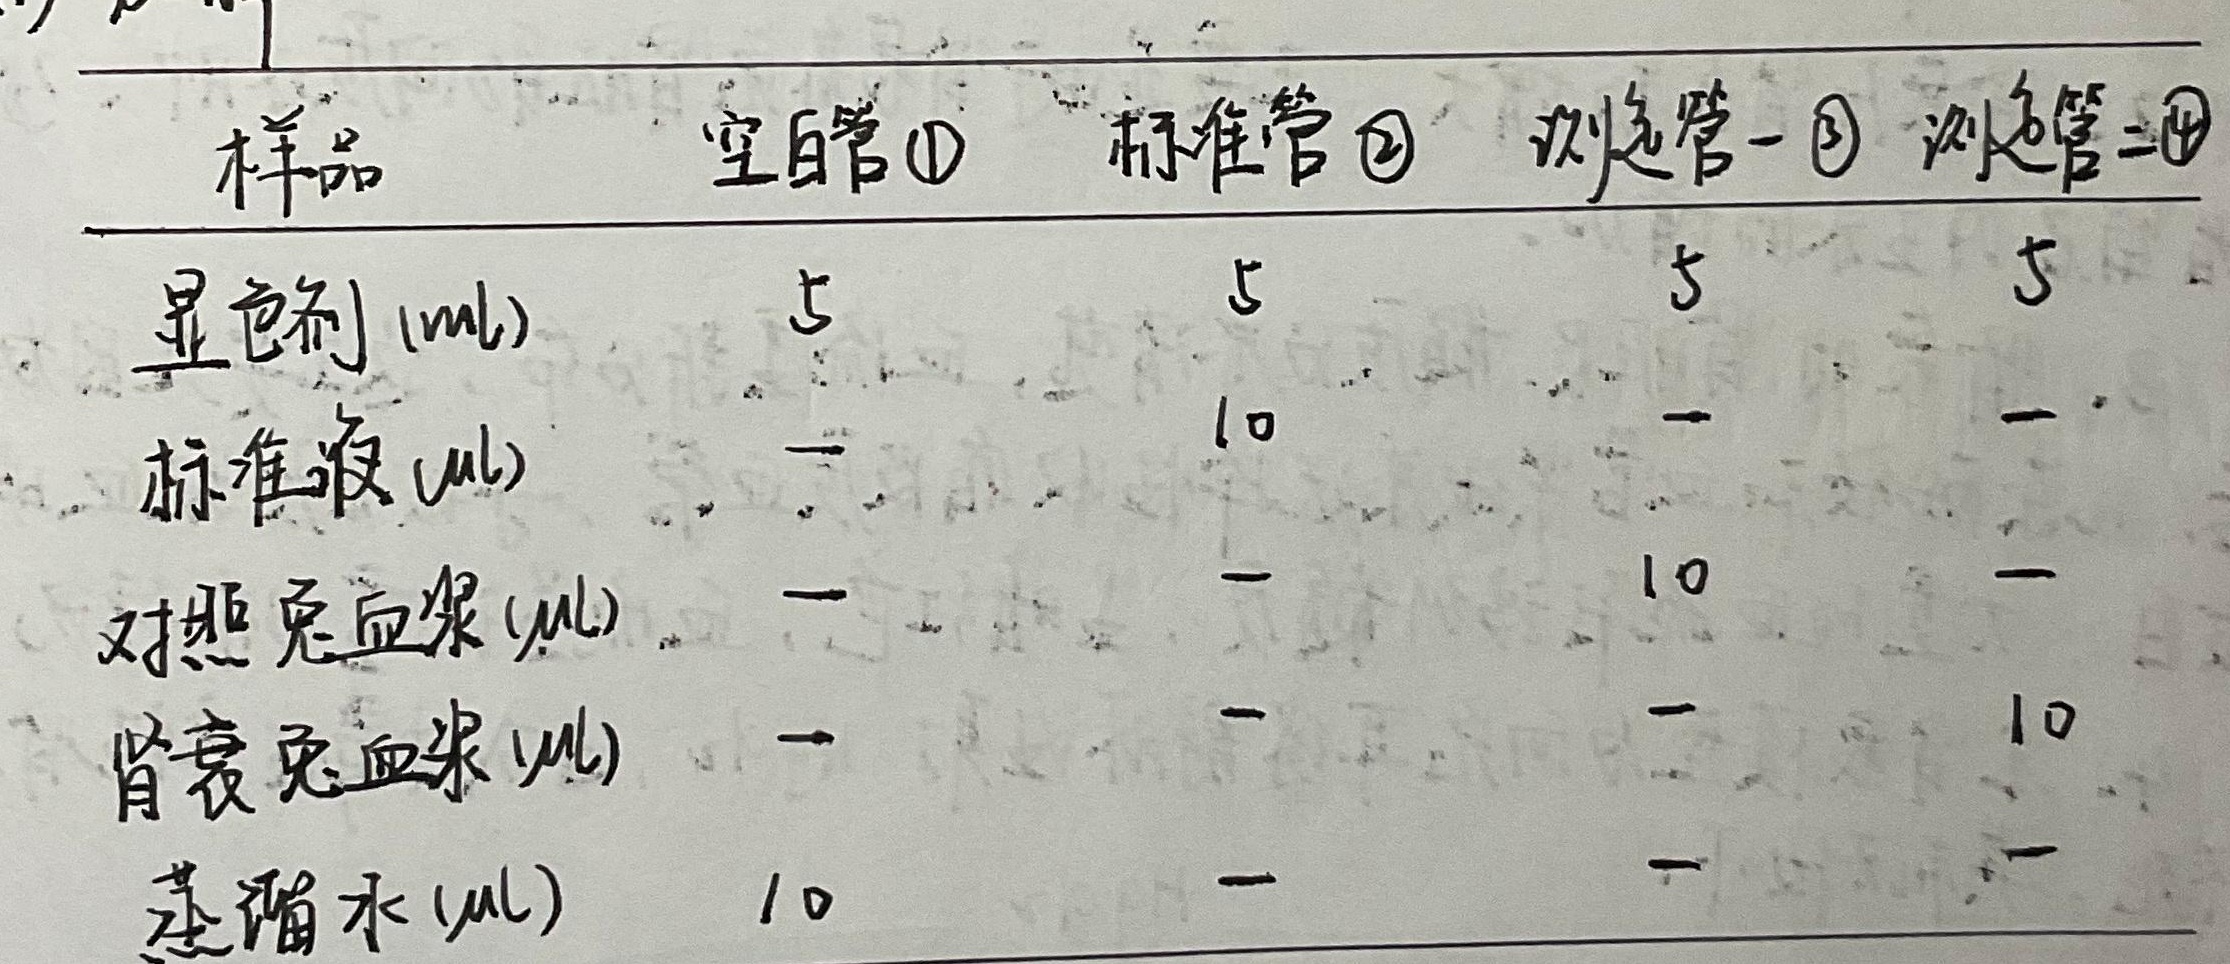
\begin{tabular}{|c|c|c|c|c|}
\hline
样品&空白管\textcircled{1}&标准管\textcircled{2}&测定管一\textcircled{3}&测定管二\textcircled{4}\\
\hline
---- & ---- & ---- & ---- & ---- \\
显色剂(ml)&5&5&5&5\\
标准液(μl)&—&10&—&—\\
对照兔血浆(μl)&—&—&10&—\\
肾衰兔血浆(μl)&—&—&—&10\\
蒸馏水(μl)&10&—&—&—\\
\hline
\end{tabular}